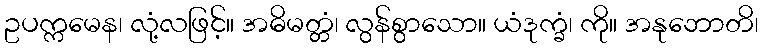
ဥပက္ကမေန၊ လုံ့လဖြင့်။ အဓိမတ္တံ၊ လွန်စွာသော။ ယံဒုက္ခံ၊ ကို။ အနုဘောတိ၊